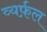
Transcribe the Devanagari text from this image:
व्यर्फ़ल